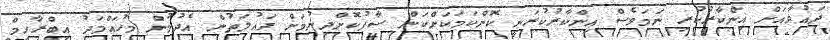
ދައުވާއަށް އިންކާރުކުރި ނަމަވެސް އިންކާރުކުރަނީ ކޮންކަމަކަށްކަން ސާފުކޮށްދިނުމަށް ދައުލަތުން އެދުމުން މުހައްމަދު އިބްރާހިމް